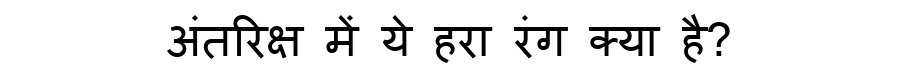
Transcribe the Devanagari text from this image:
अंतरिक्ष में ये हरा रंग क्या है?